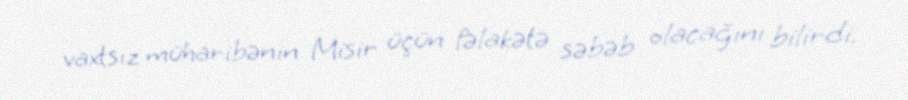
vaxtsız müharibənin Misir üçün fəlakətə səbəb olacağını bilirdi.